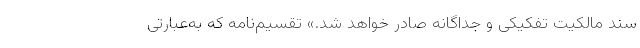
سند مالکیت تفکیکی و جداگانه صادر خواهد شد.» تقسیم‌نامه که به‌عبارتی